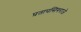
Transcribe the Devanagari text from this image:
प्रतापसिंगराजे